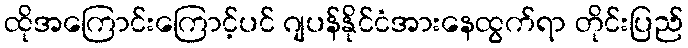
ထိုအကြောင်းကြောင့်ပင် ဂျပန်နိုင်ငံအားနေထွက်ရာ တိုင်းပြည်